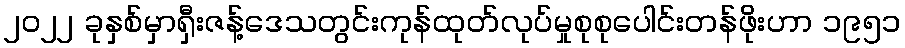
၂၀၂၂ ခုနှစ်မှာရှီးဇန့်ဒေသတွင်းကုန်ထုတ်လုပ်မှုစုစုပေါင်းတန်ဖိုးဟာ ၁၉၅၁